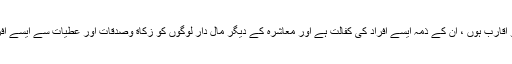
اسی طرح جو ان کے عزیز و اقارب ہوں ، ان کے ذمہ ایسے افراد کی کفالت ہے اور معاشرہ کے دیگر مال دار لوگوں کو زکاة وصدقات اور عطیات سے ایسے افراد کی کفالت کا انتظام کریں۔